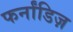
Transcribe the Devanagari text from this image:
फर्नांडिज़